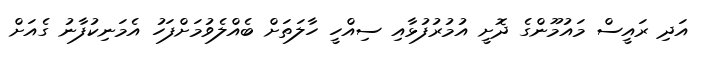
އަދި ރައީސް މައުމޫންގެ ދޮށީ އުމުރުފުޅާއި ސިއްހީ ހާލަތަށް ބެއްލެވުމަށްފަހު އެމަނިކުފާނު ގެއަށް